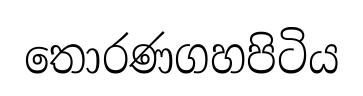
තොරණගහපිටිය